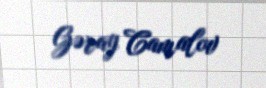
Gəray Camalov